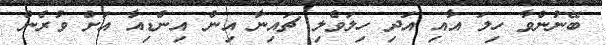
ބޭނުންވާ ހިލަ އާއި އަދި ހިލަވެލި ޗައިނާ އިން އިންޑިއާ އަށް ވުރެން